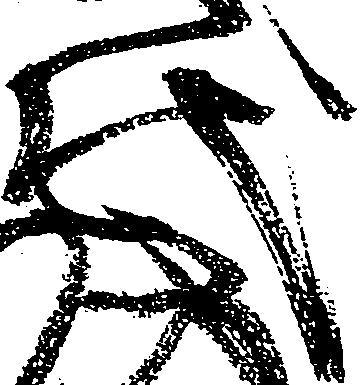
代